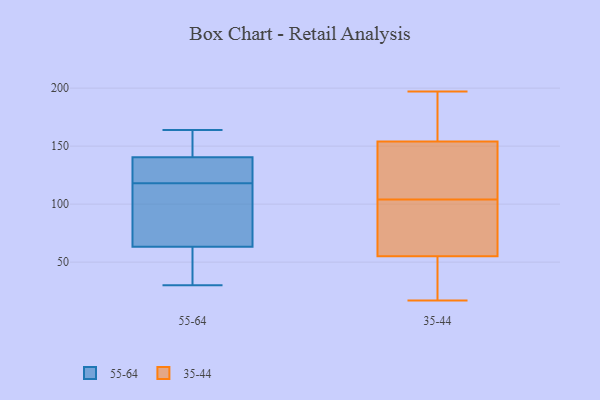
{"axis": {"x": "Page Views", "y": "Value"}, "legend": ["35-44", "55-64"], "data": [{"x": "", "y": 77, "type": "55-64"}, {"x": "", "y": 118, "type": "55-64"}, {"x": "", "y": 164, "type": "55-64"}, {"x": "", "y": 163, "type": "55-64"}, {"x": "", "y": 132, "type": "55-64"}, {"x": "", "y": 81, "type": "55-64"}, {"x": "", "y": 44, "type": "55-64"}, {"x": "", "y": 30, "type": "55-64"}, {"x": "", "y": 137, "type": "55-64"}, {"x": "", "y": 58, "type": "55-64"}, {"x": "", "y": 65, "type": "55-64"}, {"x": "", "y": 134, "type": "55-64"}, {"x": "", "y": 151, "type": "55-64"}, {"x": "", "y": 21, "type": "35-44"}, {"x": "", "y": 197, "type": "35-44"}, {"x": "", "y": 161, "type": "35-44"}, {"x": "", "y": 104, "type": "35-44"}, {"x": "", "y": 62, "type": "35-44"}, {"x": "", "y": 128, "type": "35-44"}, {"x": "", "y": 55, "type": "35-44"}, {"x": "", "y": 154, "type": "35-44"}, {"x": "", "y": 104, "type": "35-44"}, {"x": "", "y": 17, "type": "35-44"}]}